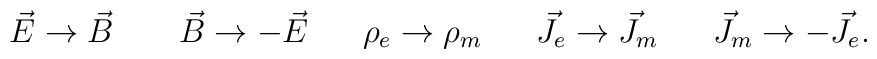
\vec E \rightarrow \vec B~~~~~~\vec B \rightarrow -\vec E~~~~~\rho_e \rightarrow \rho_m ~~~~~\vec J_e \rightarrow \vec J_m ~~~~~\vec J_m \rightarrow- \vec J_e.